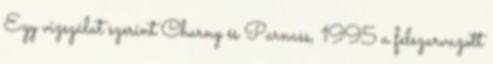
Egy vizsgálat szerint Charny és Parnass, 1995 a felszarvazott